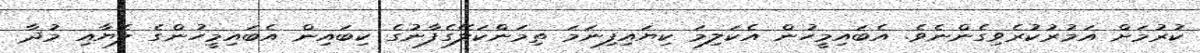
ކުރުމަށް އަމުރުކުރެވިގެންނެވެ. އެބައިމީހުން އެކަލިމަ ކިޔައިފިނަމަ ތިމަންކަލޭގެފާނުގެ ކިބައިން އެބައިމީހުންގެ ލެޔާއި މުދާ